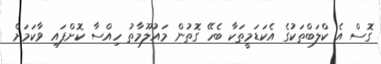
ގޮސް އެ ކްލަބްތަކުގެ އެކަޑަމީތަކާ ބެހޭ ގޮތުން މައުލޫމާތު ހިއްސާ ކޮށްފައި ވާކަމަށް